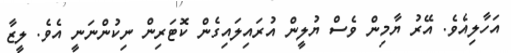
އަހާލިއެވެ. އޭރު ޔާމިން ވެސް ޔުލީން އުރައިލައިގެން ކޮޓަރިން ނިކުންނަނީ އެވެ. ލީޒާ